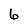
Character: 6